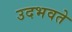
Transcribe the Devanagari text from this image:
उदभवते